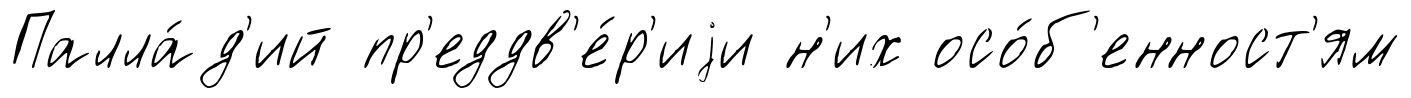
Палла́д'ий пр'еддв'е́р'иjи н'их осо́б'енност'ям